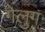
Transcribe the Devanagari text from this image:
गेलुग